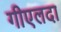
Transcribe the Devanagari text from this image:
गीएलदा